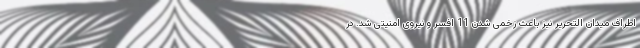
اطراف میدان التحریر نیز باعث زخمی شدن 11 افسر و نیروی امنیتی شد. در